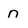
Character: n